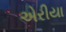
એરીયા